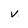
Character: v